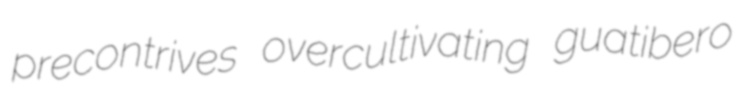
precontrives overcultivating guatibero